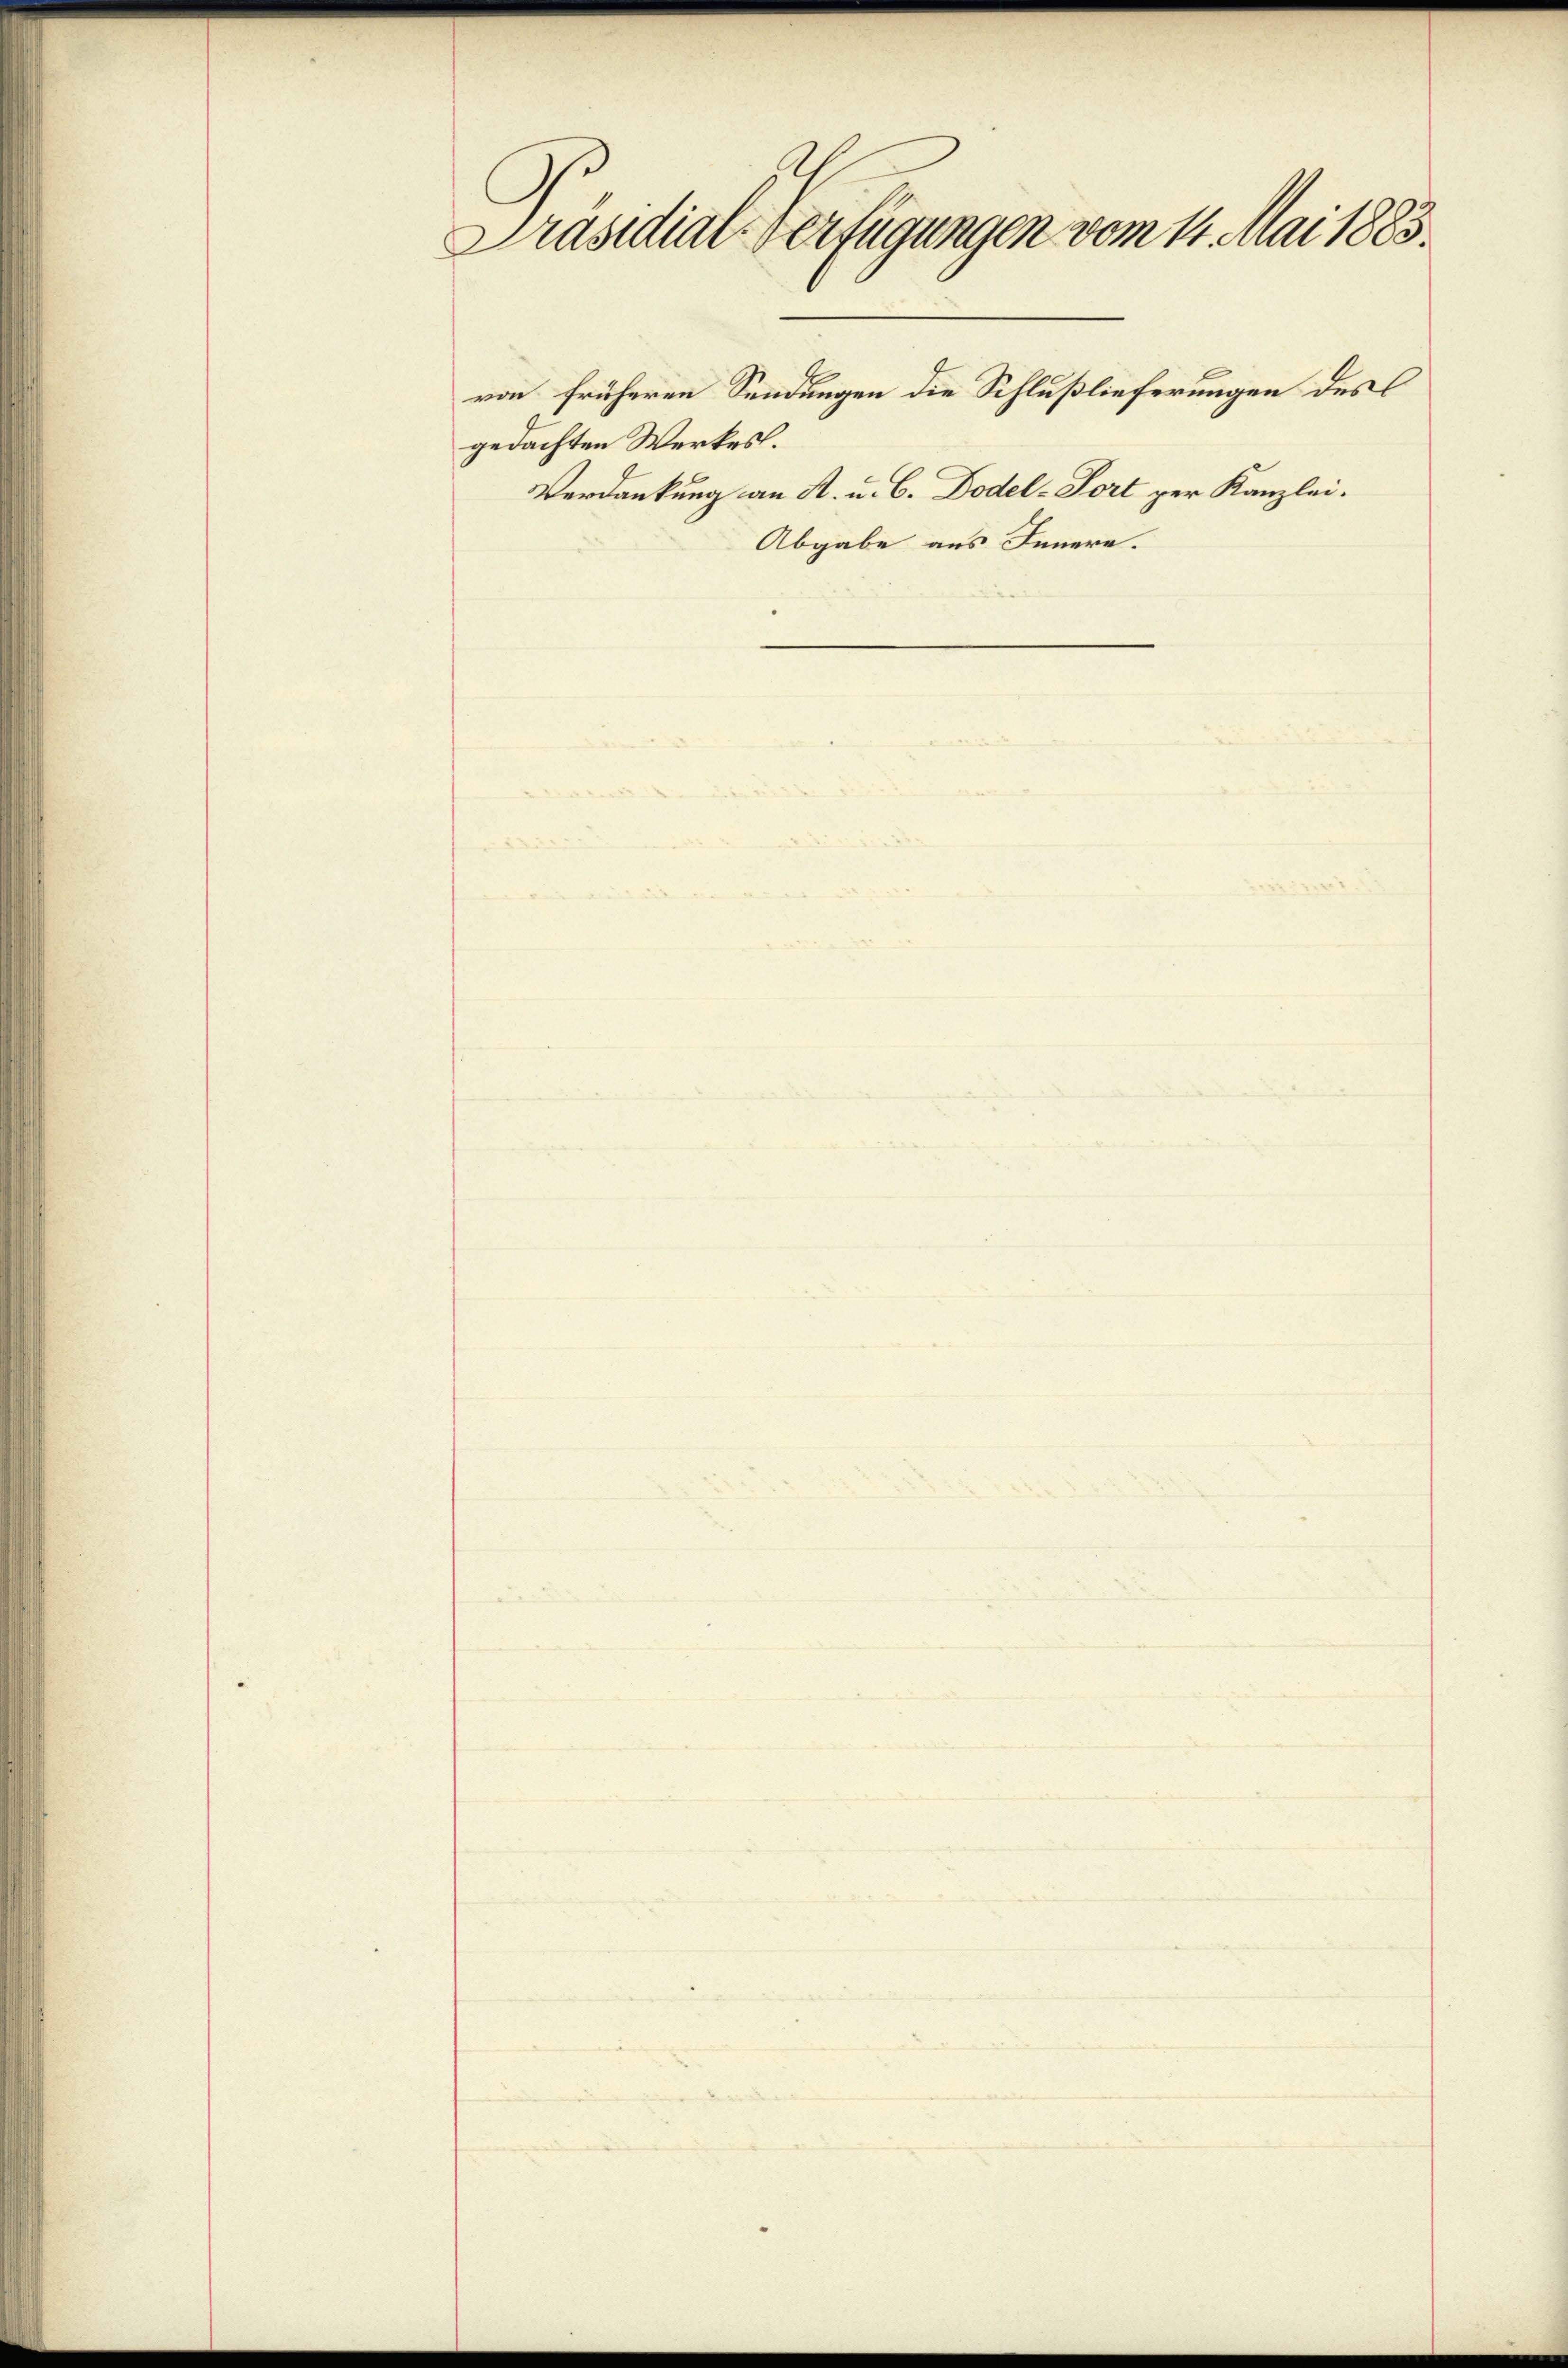
Präsidial-Verfügungen vom 11. Mai 1883.

von früheren Sendungen die Schlußlieferungen des C
gedachten Werkes.
Verdankung an A. u. C. Dodel-Port per Kanzlei.
Abgabe aus Innern.